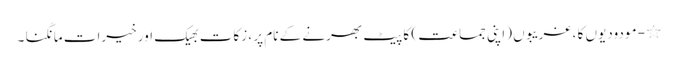
٭ - مودودیوں کا ، غریبوں (اپنی جماعت ) کا پیٹ بھرنے کے نام پر ، زکات بھیک اور خیرات مانگنا ۔